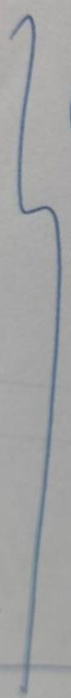
}